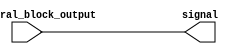
module continuous_assignment (
    input wire behavioral_block_output,
    output reg signal
);

always @(*) begin
    signal = behavioral_block_output;
end

endmodule